Indian journal of veterinary science and animal husbandry - Volumes 24-25, 1954-1955
Year: 1954
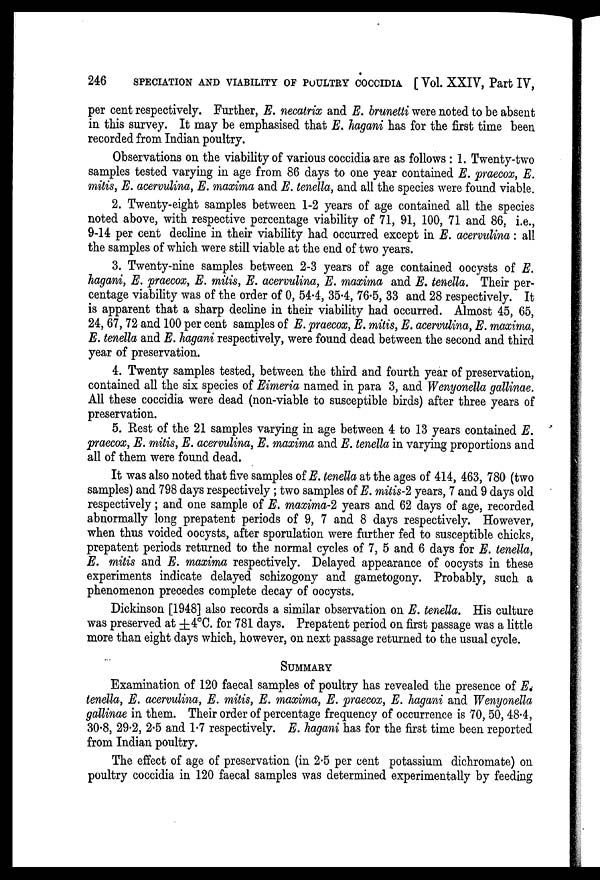
246
SPECIATION AND VIABILITY OF POULTRY COCCIDIA [ Vol. XXIV, Part IV,
per cent respectively. Further, E. necatrix and E. brunetti were noted to be absent
in this survey. It may be emphasised that E. hagani has for the first time been
recorded from Indian poultry.
Observations on the viability of various coccidia are as follows : 1. Twenty-two
samples tested varying in age from 86 days to one year contained E. praecox, E.
mitis, E. acervulina, E. maxima and E. tenella, and all the species were found viable.
2. Twenty-eight samples between 1-2 years of age contained all the species
noted above, with respective percentage viability of 71, 91, 100, 71 and 86, i.e.,
9-14 per cent decline in their viability had occurred except in E. acervulina : all
the samples of which were still viable at the end of two years.
3. Twenty-nine samples between 2-3 years of age contained oocysts of E.
hagani, E. praecox, E. mitis, E. acervulina, E. maxima and E. tenella. Their per-
centage viability was of the order of 0, 54.4, 35.4, 76.5, 33 and 28 respectively. It
is apparent that a sharp decline in their viability had occurred. Almost 45, 65,
24, 67, 72 and 100 per cent samples of E. praecox, E. mitis, E. acervulina, E. maxima,
E. tenella and E. hagani respectively, were found dead between the second and third
year of preservation.
4. Twenty samples tested, between the third and fourth year of preservation,
contained all the six species of Eimeria named in para 3, and Wenyonella gallinae.
All these coccidia were dead (non-viable to susceptible birds) after three years of
preservation.
5. Rest of the 21 samples varying in age between 4 to 13 years contained E.
praecox, E. mitis, E. acervulina, E. maxima and E. tenella in varying proportions and
all of them were found dead.
It was also noted that five samples of E. tenella at the ages of 414, 463, 780 (two
samples) and 798 days respectively ; two samples of E. mitis-2 years, 7 and 9 days old
respectively ; and one sample of E. maxima-2 years and 62 days of age, recorded
abnormally long prepatent periods of 9, 7 and 8 days respectively. However,
when thus voided oocysts, after sporulation were further fed to susceptible chicks,
prepatent periods returned to the normal cycles of 7, 5 and 6 days for E. tenella,
E. mitis and E. maxima respectively. Delayed appearance of oocysts in these
experiments indicate delayed schizogony and gametogony. Probably, such a
phenomenon precedes complete decay of oocysts.
Dickinson [1948] also records a similar observation on E. tenella. His culture
was preserved at ±4°C. for 781 days. Prepatent period on first passage was a little
more than eight days which, however, on next passage returned to the usual cycle.
SUMMARY
Examination of 120 faecal samples of poultry has revealed the presence of E.
tenella, E. acervulina, E. mitis, E. maxima, E. praecox, E. hagani and Wenyonella
gallinae in them. Their order of percentage frequency of occurrence is 70, 50, 48.4,
30.8, 29.2, 2.5 and 1.7 respectively. E. hagani has for the first time been reported
from Indian poultry.
The effect of age of preservation (in 2.5 per cent potassium dichromate) on
poultry coccidia in 120 faecal samples was determined experimentally by feeding